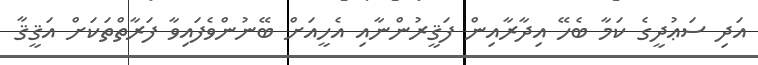
އަދި ސަޢުދީގެ ކަމާ ބެހޭ އިދާރާއިން ފަޤީރުންނާއި އެހީއަށް ބޭނުންވެފައިވާ ފަރާތްތަކަށް އަޤީޤާ